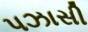
પઝાસી